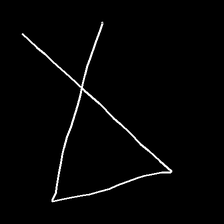
Glyph: collection